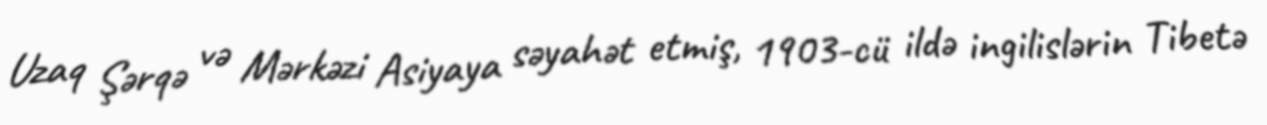
Uzaq Şərqə və Mərkəzi Asiyaya səyahət etmiş, 1903-cü ildə ingilislərin Tibetə